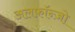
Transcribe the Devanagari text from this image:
अलफ़ॉन्ज़ो